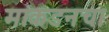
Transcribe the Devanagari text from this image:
मांकडनचा